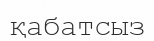
қабатсыз